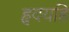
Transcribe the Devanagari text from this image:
हृदयहि